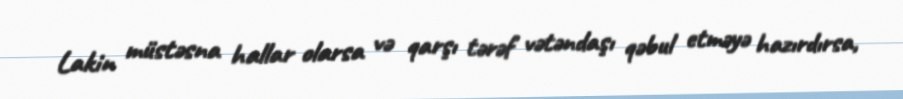
Lakin müstəsna hallar olarsa və qarşı tərəf vətəndaşı qəbul etməyə hazırdırsa,